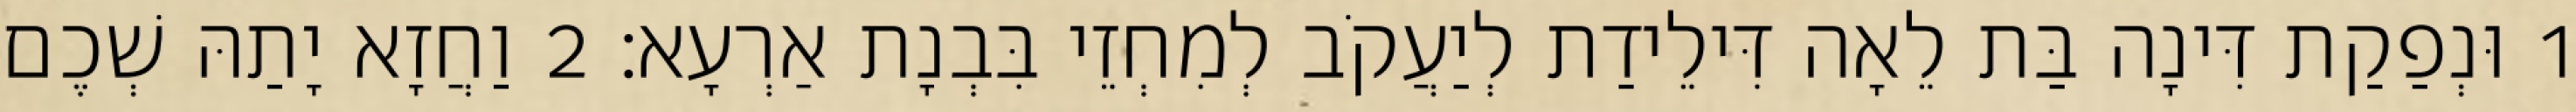
1 וּנְפַקַת דִּינָה בַּת לֵאָה דִּילֵידַת לְיַעֲקֹב לְמִחְזֵי בִּבְנָת אַרְעָא׃ 2 וַחֲזָא יָתַהּ שְׁכֶם